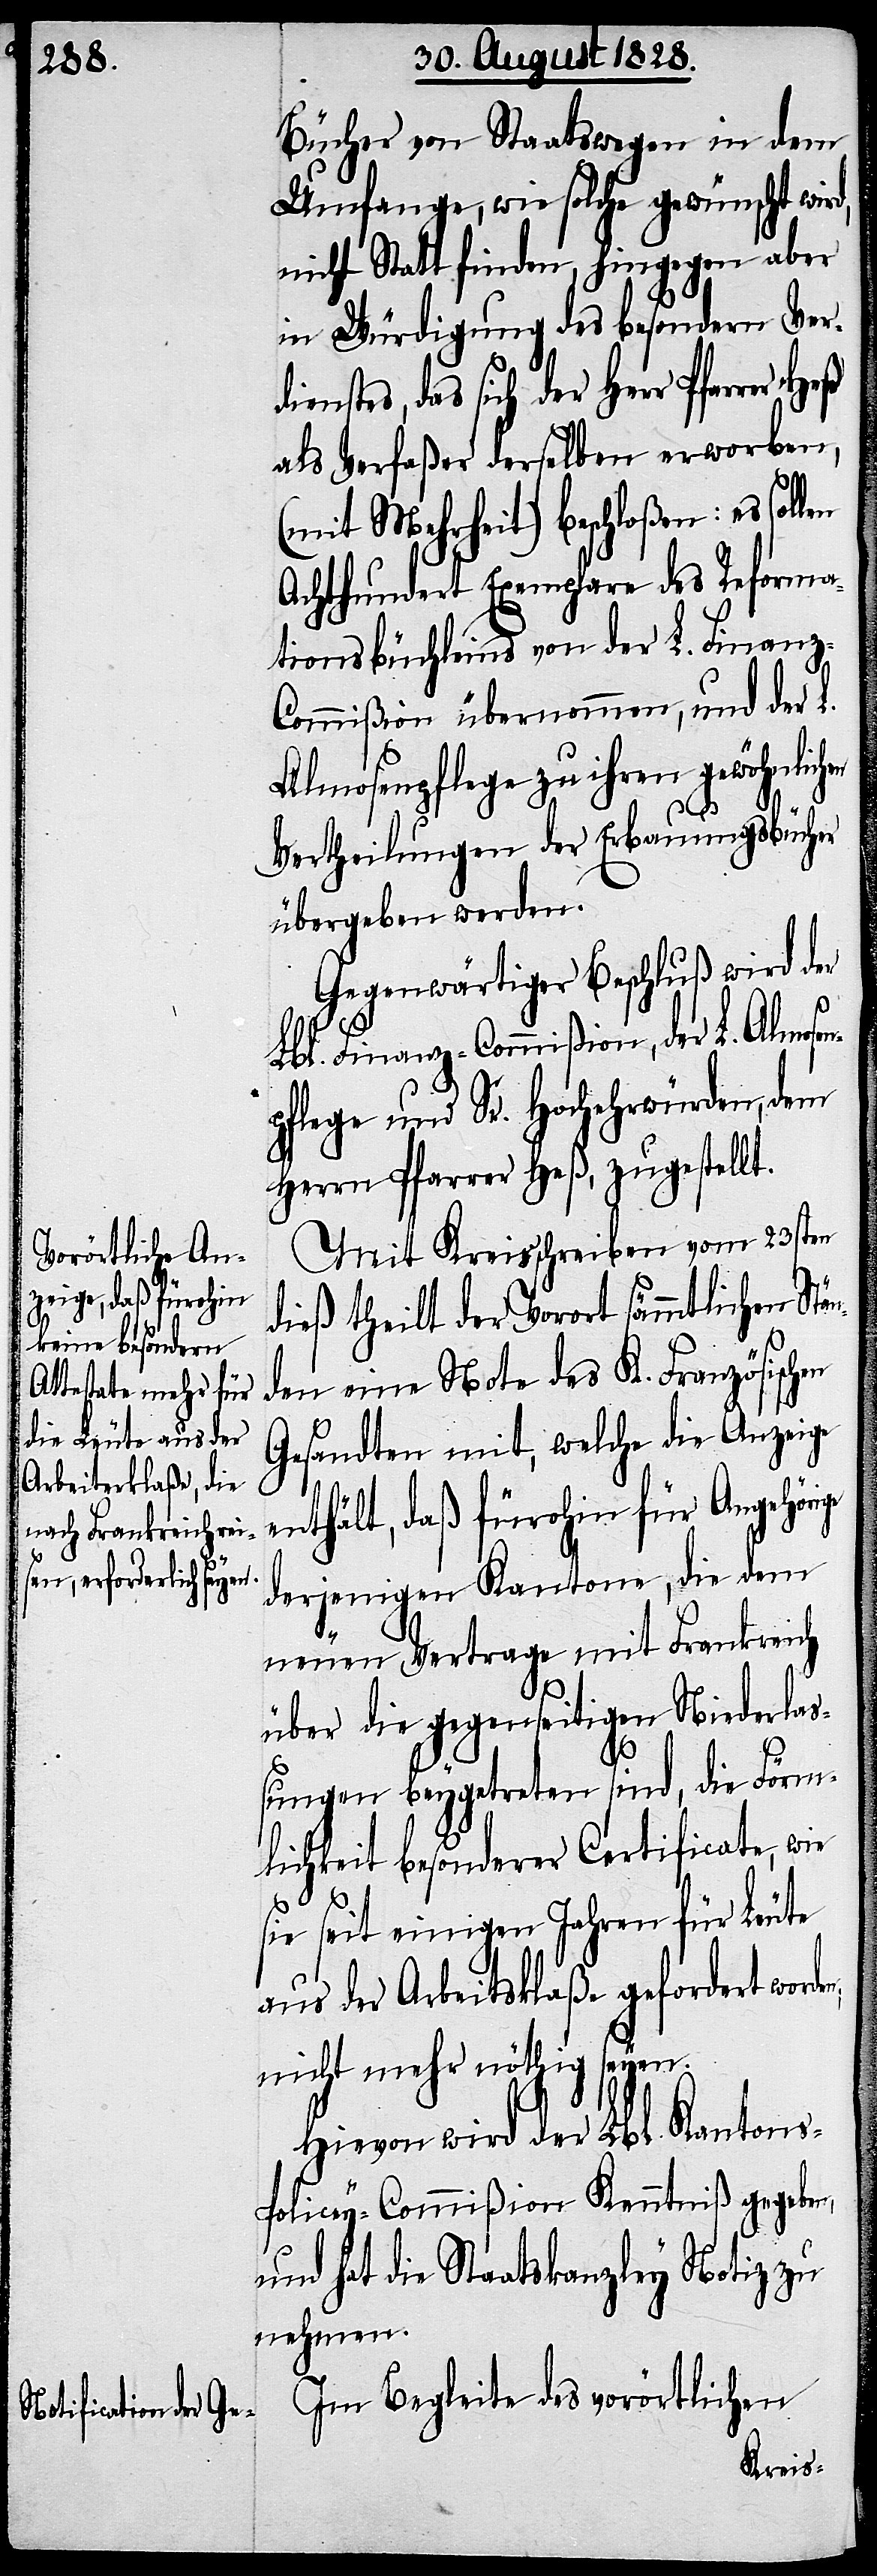
Bücher von Staatswegen in dem
Umfange, wie solche gewünscht wird,
nicht Statt finden, hingegen aber
in Würdigung des besondern Verd¬
ienstes, das sich der Herr Pfarrer
als Verfaßer derselben erworben,
s-P¬
(mit Mehrheit) beschloßen: es sollen
Achthundert Exemplare des Reforma¬
tionsbüchleins von der L. Finan¬
z-Commißion übernommen, und der L.
Almosenpflege zu ihren gewöhnlichen
Vertheilungen der Erbauungsbücher
übergeben werden.
Gegenwärtiger Beschluß wird der
Lbl. Finanz-Commißion, der L. Almose¬
pflege und Se. Hochehrwürden, dem
Herrn Pfarrer Heß, zugestellt.
Mit Kreisschreiben vom 23sten
dieß theilt der Vorort sämmtlichen Stä¬
den eine Note des K. Französischen
Gesandten mit, welche die Anzeige
enthält, daß fürohin für Angehöri¬
derjenigen Kantone, die dem
neuen Vertrage mit Frankreich
über die gegenseitigen Niederlaß¬
ge
ungen beygetreten sind, die Förm¬
lichkeit besonderer Certificate, wie
sie seit einigen Jahren für Leute
aus der Arbeiterklaße gefordert word¬
nicht mehr nöthig seyen.
Hievon wird der Lbl. Kanton¬
olicey-Commißion Kenntniß gegeben,
und hat die Staatskanzley Notiz zu
nehmen.
Im Begleite des vorörtlichen